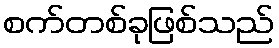
စက်တစ်ခုဖြစ်သည်